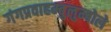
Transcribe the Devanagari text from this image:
गंगप्रवाहम्बुलुम्बोले